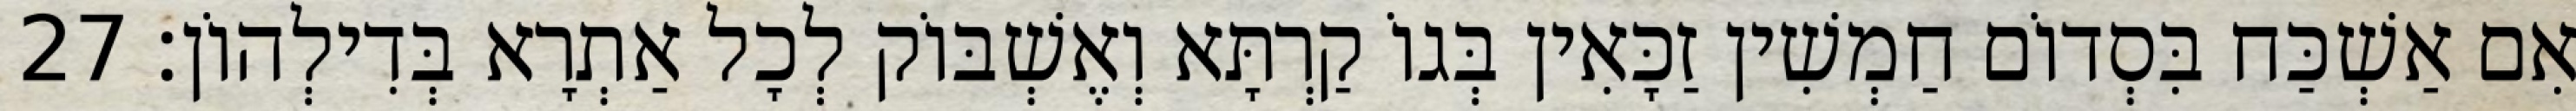
אִם אַשְׁכַּח בִּסְדוֹם חַמְשִׁין זַכָּאִין בְּגוֹ קַרְתָּא וְאֶשְׁבּוֹק לְכָל אַתְרָא בְּדִילְהוֹן׃ 27